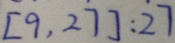
[ 9 , 2 7 ] : 2 7